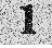
1